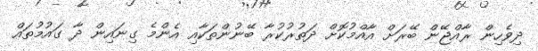
ދިވެހިން ރާއްޖޭން ބޭރަށް އާއްމުކޮށް ދަތުރުކުރާ ބޭނުންތަކާއި އެންމެ ގިނައިން ދާ ގައުމުތައް